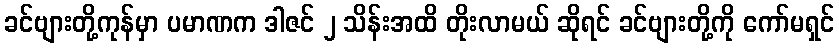
ခင်ဗျားတို့ကုန်မှာ ပမာဏက ဒါဇင် ၂ သိန်းအထိ တိုးလာမယ် ဆိုရင် ခင်ဗျားတို့ကို ကော်မရှင်